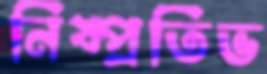
নিষ্প্রতিভ